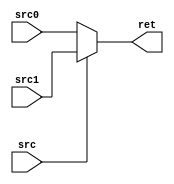
`timescale 1ns / 1ps
//////////////////////////////////////////////////////////////////////////////////
// Company: 
// Engineer: 
// 
// Design Name: 
// Module Name: mux5
// Project Name: 
// Target Devices: 
// Tool Versions: 
// Description: 
// 
// Dependencies: 
// 
// Revision:
// Revision 0.01 - File Created
// Additional Comments:
// 
//////////////////////////////////////////////////////////////////////////////////

module mux5(
        src1,src0,src,ret
    );
    input [4:0]src1;
    input [4:0]src0;
    input src;
    output [4:0]ret;
    assign ret = src?src1:src0;
    
endmodule